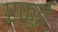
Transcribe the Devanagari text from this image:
एकुई